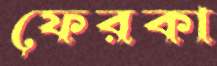
ফেরকা